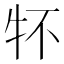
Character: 𤘢